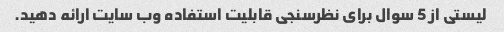
لیستی از 5 سوال برای نظرسنجی قابلیت استفاده وب سایت ارائه دهید.